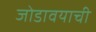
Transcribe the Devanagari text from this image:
जोडावयाची